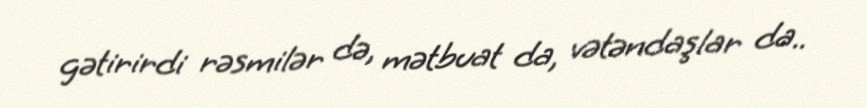
gətirirdi rəsmilər də, mətbuat da, vətəndaşlar da..